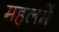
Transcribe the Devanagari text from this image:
महलमें